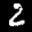
Label: 2